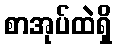
စာအုပ်ထဲရှိ